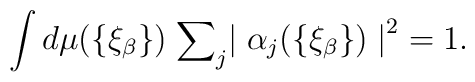
\int d \mu (\{ {\xi}_{\beta} \}) \; {\sum}_j {\mid {\alpha}_j(\{ {\xi}_		{\beta} \}) \mid}^2 = 1.